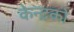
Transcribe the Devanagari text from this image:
केन्द्रको